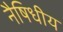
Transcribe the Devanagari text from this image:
नैषिधीय